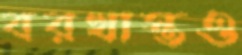
বরখাস্তও